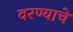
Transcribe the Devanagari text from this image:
वरण्याचे